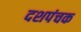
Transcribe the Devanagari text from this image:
दशपंचक